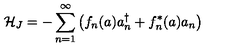
{ \cal H } _ { J } = - \sum _ { n = 1 } ^ { \infty } \left( f _ { n } ( a ) a _ { n } ^ { \dagger } + f _ { n } ^ { * } ( a ) a _ { n } \right)